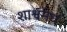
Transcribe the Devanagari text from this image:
शाश्वमेध